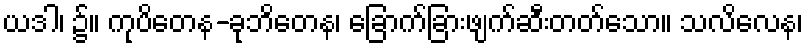
ယဒါ၊ ၌။ ကုပိတေန-ခုဘိတေန၊ ခြောက်ခြားဖျက်ဆီးတတ်သော။ သလိလေန၊